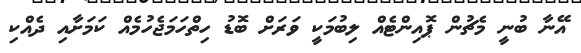
އޭނާ ބުނީ މެޗުން ޕޮއިންޓެއް ލިބުމަކީ ވަރަށް ބޮޑު ހިތްހަމަޖެހުމެއް ކަމަށާއި ދެއްކި